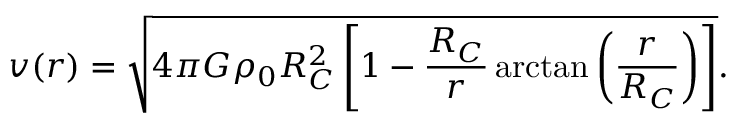
v ( r ) = \sqrt { 4 \pi G \rho _ { 0 } R _ { C } ^ { 2 } \left[ 1 - \frac { R _ { C } } { r } \arctan \left( \frac { r } { R _ { C } } \right) \right] } .